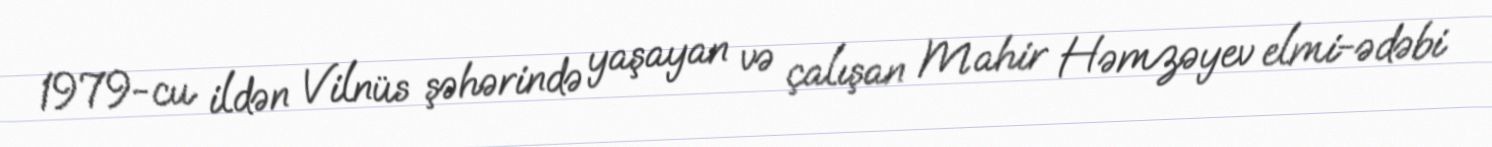
1979-cu ildən Vilnüs şəhərində yaşayan və çalışan Mahir Həmzəyev elmi-ədəbi